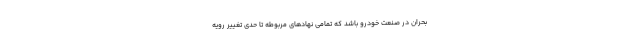
بحران در صنعت خودرو باشد که تمامی نهادهای مربوطه تا حدی تغییر رویه